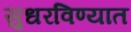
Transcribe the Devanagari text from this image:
सुधरविण्यात